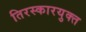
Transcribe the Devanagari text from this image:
तिरस्कारयुक्त